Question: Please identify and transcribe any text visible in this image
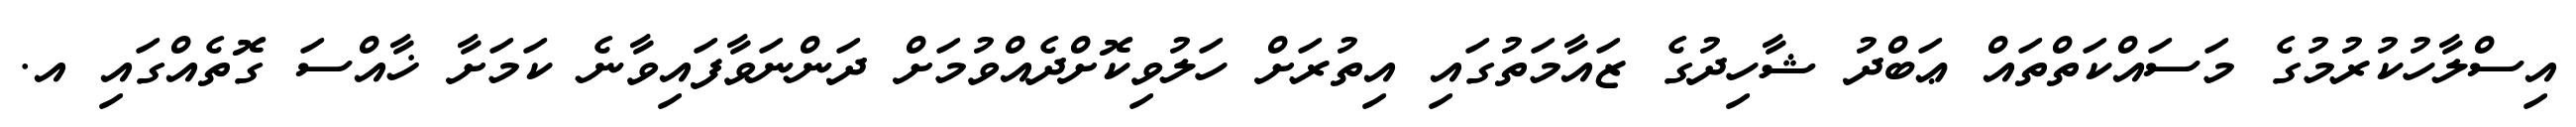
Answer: އިސްލާހުކުރުމުގެ މަސައްކަތްތައް ޢަބްދު ޝާހިދުގެ ޒައާމަތުގައި އިތުރަށް ހަލުވިކޮށްދެއްވުމަށް ދަންނަވާފައިވާނެ ކަމަށާ ޚާއްސަ ގޮތެއްގައި އ.